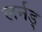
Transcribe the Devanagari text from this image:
लर्नड्